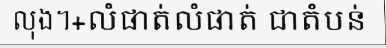
លុង។+លំផាត់លំផាត់ ជាតំបន់